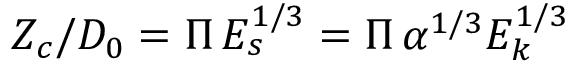
Z _ { c } / D _ { 0 } = \Pi \, E _ { s } ^ { 1 / 3 } = \Pi \, \alpha ^ { 1 / 3 } E _ { k } ^ { 1 / 3 }